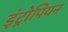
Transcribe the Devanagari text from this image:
इंट्रोपियन